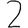
Digit: 2